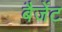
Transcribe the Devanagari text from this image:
बैजेंट